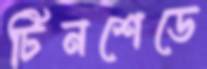
টিনশেডে